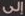
إلى